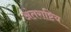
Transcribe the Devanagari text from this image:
अंतराष्टिय